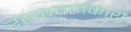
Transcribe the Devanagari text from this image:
रसवदलंकारों